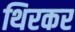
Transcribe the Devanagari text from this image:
थिरकर